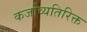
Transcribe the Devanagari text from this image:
कर्जाव्यतिरिक्त